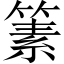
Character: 𥱨